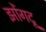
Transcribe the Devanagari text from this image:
झोंगदू